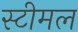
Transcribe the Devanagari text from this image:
स्टीमल